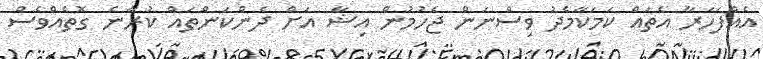
އެއްފަހަރާ އެތައް ކަމަކާމެދު ވިސްނަން ޖެހުުމުން އިޝާ އަށް ދެންކަންތައް ކުރާނެ ގޮތެއްވެސް